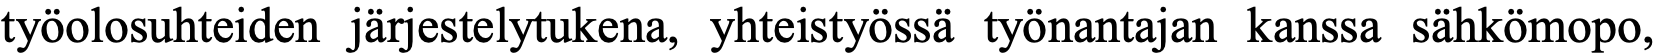
työolosuhteiden järjestelytukena, yhteistyössä työnantajan kanssa sähkömopo,